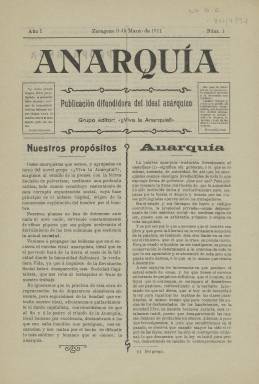
Título: Anarquía (Zaragoza)
Colección: Periódicos
Ámbito geográfico: Zaragoza
Lugar de publicación: Zaragoza
Fechas: 09/03/1911-09/03/1911

Periódico fundado en marzo de 1911 en la capital aragonesa cuyo fin era difundir los ideales anarquistas. La Biblioteca Nacional de España solo posee el primer número de esta publicación cuya periodicidad no estaba definida porque salía cuando podía, según explicaban sus editores.

   Este periódico doctrinario, de cuatro páginas, nace poco después de la fundación de la CNT en Barcelona como confederación de sindicatos de ideología anarquista y en un momento en que ya existen en España, tras un periodo de clandestinidad, publicaciones consolidadas como Solidaridad Obrera o La Revista blanca.

En su primer artículo de portada, con el título de ‘Nuestros propósitos’, los promotores de Anarquía en Zaragoza dejan claro cuál es su misión: ‘pulverizar, mediante una profunda crítica, todo cuando constituye sustentáculo de esta corrupta organización social, cuya base principal es el nefasto Capital, origen de la monstruosa explotación del hombre por el hombre’.

  Los artículos que se pueden leer son todos de este tipo, atacando la idea de Gobierno y autoridad o de elecciones, al considerar que el Estado está constituido para reprimir a las clases desfavorecidas. La manera de combatirlo, según se dice en un artículo titulado ‘Revolucionario’ es mediante La huelga general, ‘arma que ha de empuñar el proletario para dar al traste con todo lo que directa o indirectamente contribuya a crearle la miserable condición de esclavo’.

   Un periódico como este no podía contar con financiarse con anuncios publicitarios, por lo que su único medio para poder editarse era con las aportaciones de los afiliados a las organizaciones anarquistas. En la última página se puede ver cómo en el epígrafe ‘Balance de cuentas’ se desgrana el dinero recaudado para la edición.

  Aparte de la aportación del grupo de Zaragoza, habían contribuido grupos anarquistas o individuos de Bilbao, Murcia y Torrelavega. Como se ve, había sobrado dinero pero no lo suficiente como para pagar la impresión de un segundo número, por lo que quizá no hubo más o, de haberlos, el periódico no pudo tener larga vida debido a los problema de financiación.

[Descripción publicada el 5/05/2023]